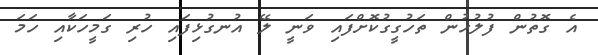
އެ ގޮތުން ފުލުހުން ތަހުގީގުކޮށްފައި ވަނީ ލޭ އުނގުޅިފައި ހުރި ގަމީހަކާއި ހަމަ